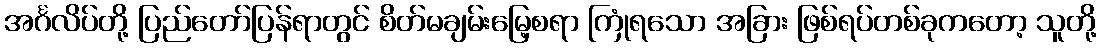
အင်္ဂလိပ်တို့ ပြည်တော်ပြန်ရာတွင် စိတ်မချမ်းမြေ့စရာ ကြုံရသော အခြား ဖြစ်ရပ်တစ်ခုကတော့ သူတို့